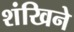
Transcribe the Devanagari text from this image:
शंखिने